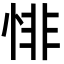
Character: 悱